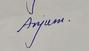
Signature authenticity: genuine